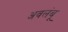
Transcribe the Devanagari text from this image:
अवलंबू